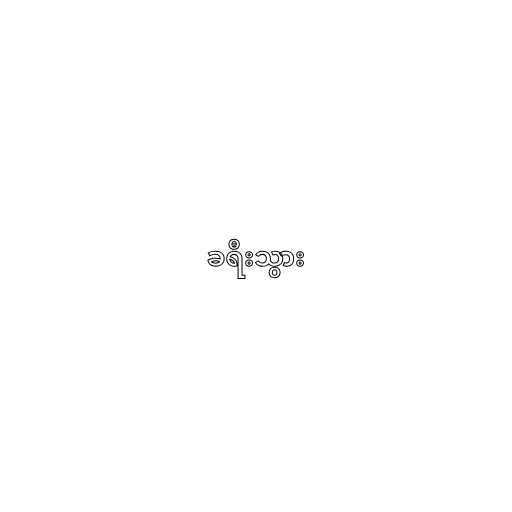
ခရီးသွား